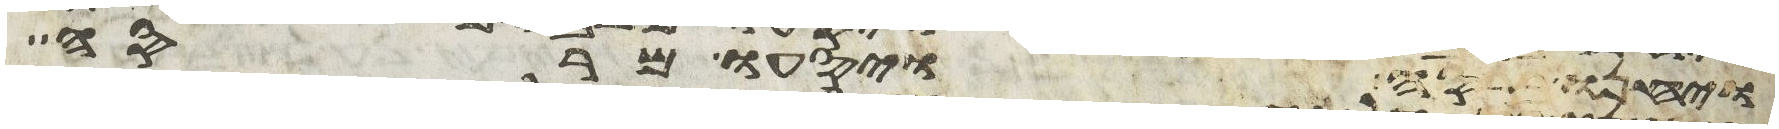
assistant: ויחנו ברסה ויסעו מרסה